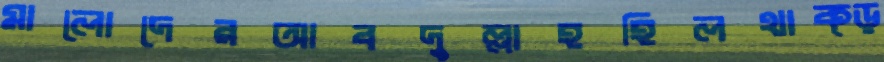
মালোদেরআবদুল্লাহহিলথাক্‌ড়